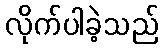
လိုက်ပါခဲ့သည်